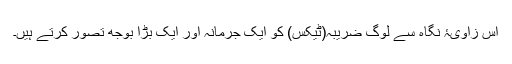
اس زاویۂ نگاہ سے لوگ ضریبہ(ٹیکس) کو ایک جرمانہ اور ایک بڑا بوجھ تصور کرتے ہیں۔